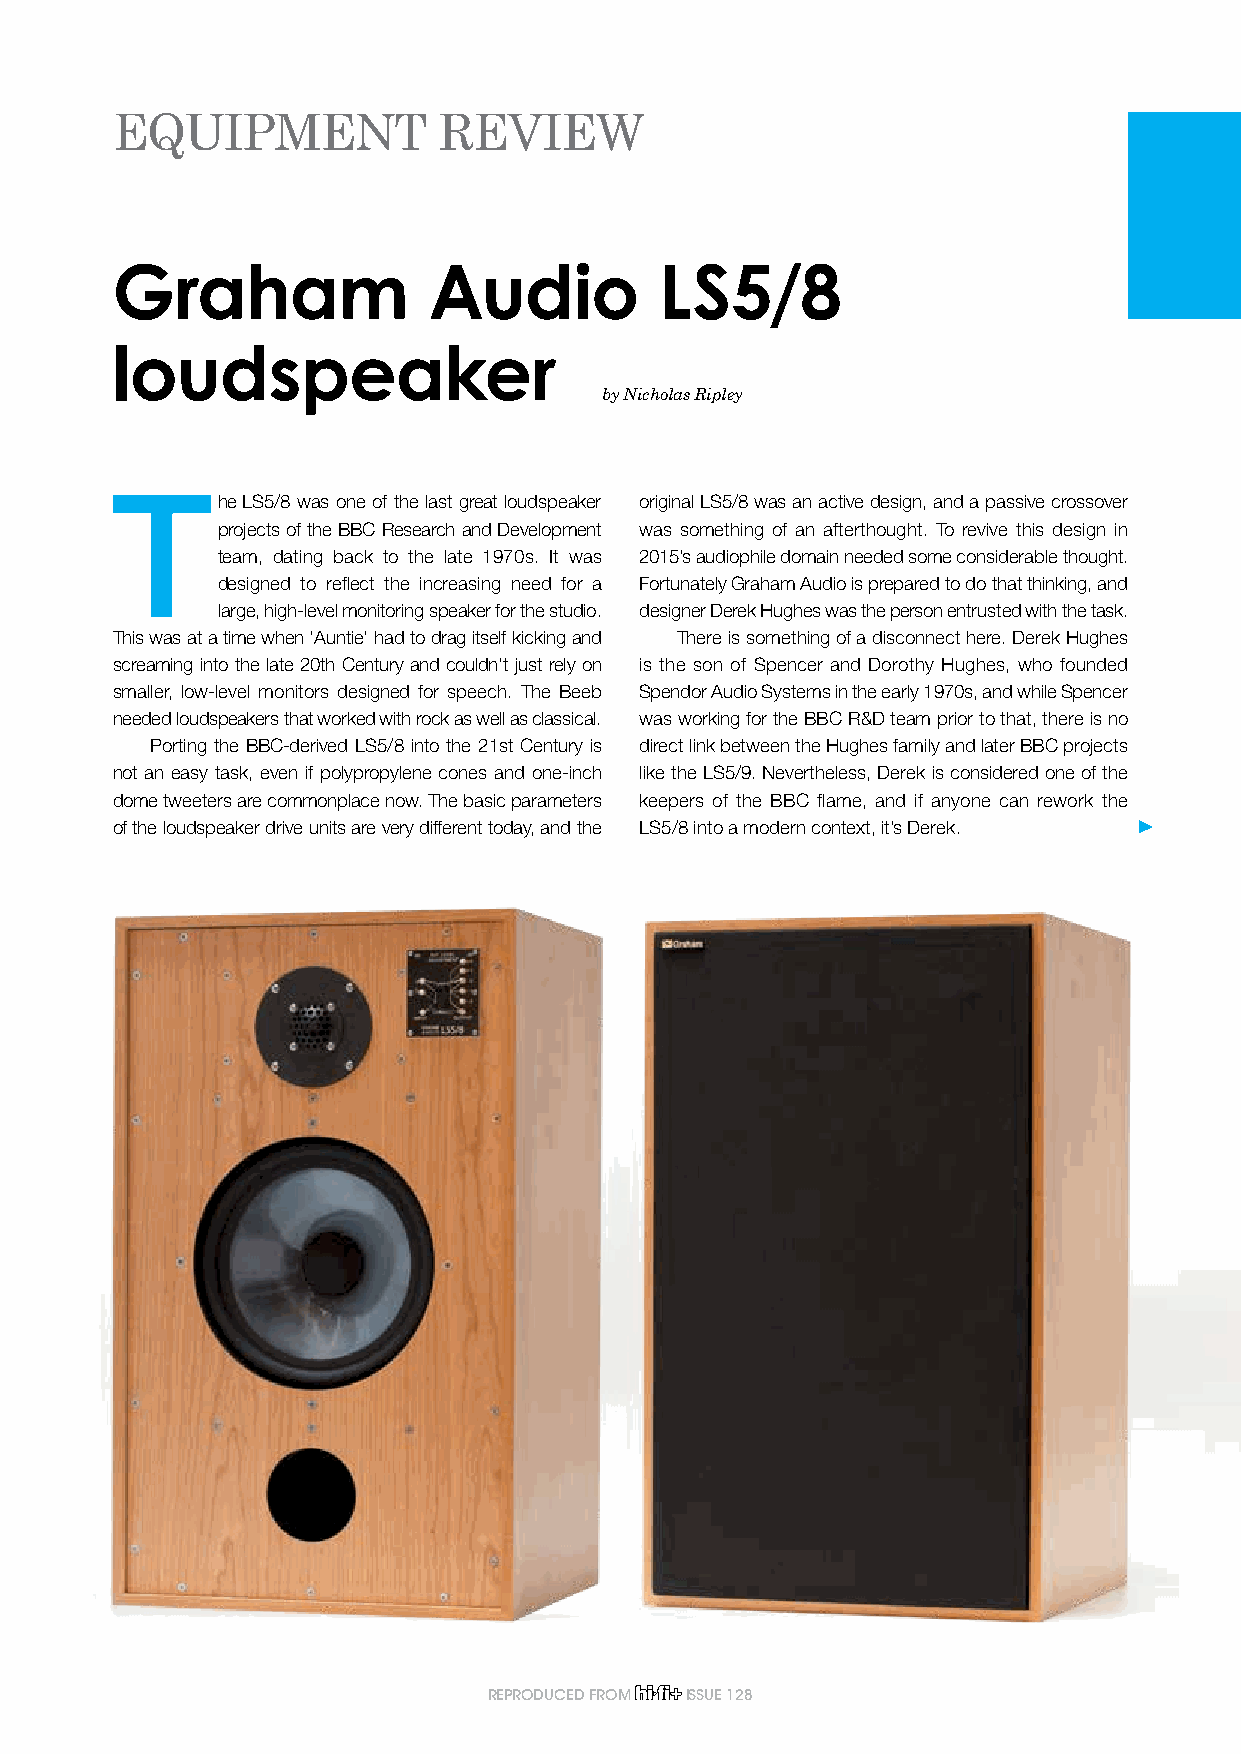
EQUIPMENT             REVIEW
 Graham               Audio           LS5/8
 loudspeaker
 by Nicholas Ripley
 T
 he LS5/8 was one of the last great loudspeaker original LS5/8 was an active design, and a passive crossover
 projects of the BBC Research and Development was something of an afterthought. To revive this design in
 team, dating back to the late 1970s. It was 2015’s audiophile domain needed some considerable thought.
 designed to reflect the increasing need for a Fortunately Graham Audio is prepared to do that thinking, and
 large, high-level monitoring speaker for the studio. designer Derek Hughes was the person entrusted with the task.
 This was at a time when ‘Auntie’ had to drag itself kicking and There is something of a disconnect here. Derek Hughes
 screaming into the late 20th Century and couldn’t just rely on is the son of Spencer and Dorothy Hughes, who founded
 smaller, low-level monitors designed for speech. The Beeb Spendor Audio Systems in the early 1970s, and while Spencer
 needed loudspeakers that worked with rock as well as classical. was working for the BBC R&D team prior to that, there is no
 Porting the BBC-derived LS5/8 into the 21st Century is direct link between the Hughes family and later BBC projects
 not an easy task, even if polypropylene cones and one-inch like the LS5/9. Nevertheless, Derek is considered one of the
 dome tweeters are commonplace now. The basic parameters keepers of the BBC flame, and if anyone can rework the
 of the loudspeaker drive units are very different today, and the LS5/8 into a modern context, it’s Derek.
 REPRODUCED FROM ISSUE 128